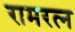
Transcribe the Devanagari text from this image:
रामरत्‍न